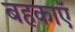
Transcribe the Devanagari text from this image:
बहकाएॅ